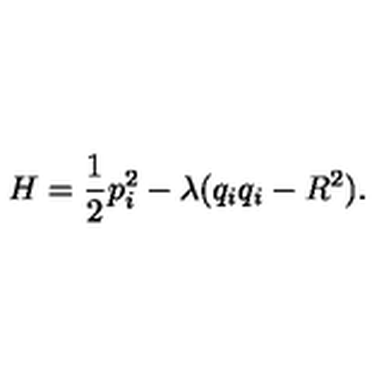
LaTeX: H = \frac 1 2 p _ { i } ^ { 2 } - \lambda ( q _ { i } q _ { i } - R ^ { 2 } ) .